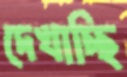
দেখাচ্ছি